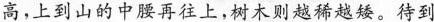
高，上到山的中腰再往上，树木则越稀越矮。待到